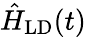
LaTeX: \hat{H}_{\textrm{LD}}(t)